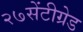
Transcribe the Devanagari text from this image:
२७सेंटीग्रेड